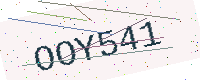
Text: OOY541